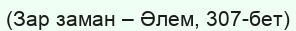
(Зар заман – Әлем, 307-бет)